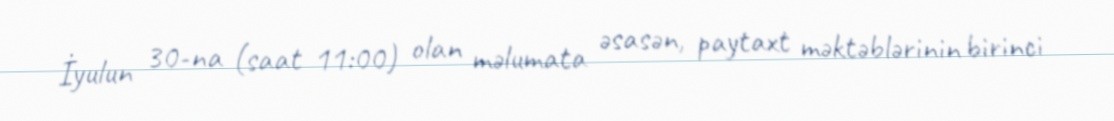
İyulun 30-na (saat 11:00) olan məlumata əsasən, paytaxt məktəblərinin birinci